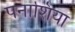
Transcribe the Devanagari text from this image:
पनाशिया